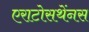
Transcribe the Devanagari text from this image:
एराटोसथेंनस